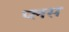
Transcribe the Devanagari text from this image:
प्‍लस